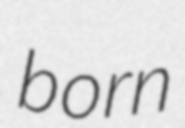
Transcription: born